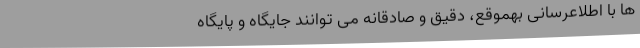
ها با اطلاعرسانی بهموقع، دقیق و صادقانه می توانند جایگاه و پایگاه